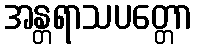
အန္တရာသပတ္တော